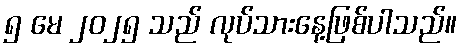
၅ မေ ၂၀၂၅ သည် လုပ်သားနေ့ဖြစ်ပါသည်။